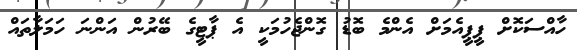
ހާއްސަކޮށް ޕީޕީއެމަށް އެންމެ ބޮޑު ގޮންޖެހުމަކީ އެ ޕާޓީގެ ބޭރުން އަންނަ ހަމަލާތައް